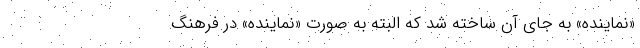
«نماینده» به جای آن ساخته شد که البته به صورت «نُماینده» در فرهنگ